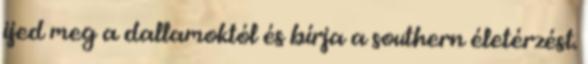
ijed meg a dallamoktól és bírja a southern életérzést.